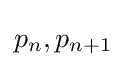
p_{n},p_{n+1}